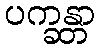
ပက္ခန္တာ